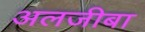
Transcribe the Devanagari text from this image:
अलजीबा